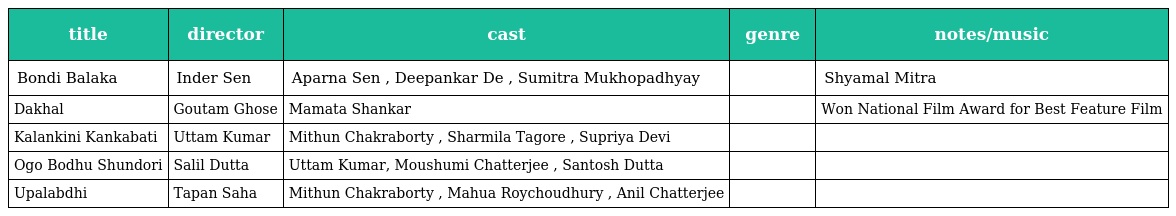
| title | director | cast | genre | notes/music |
 | --- | --- | --- | --- | --- |
 | Bondi Balaka | Inder Sen | Aparna Sen , Deepankar De , Sumitra Mukhopadhyay |  | Shyamal Mitra |
 | Dakhal | Goutam Ghose | Mamata Shankar |  | Won National Film Award for Best Feature Film |
 | Kalankini Kankabati | Uttam Kumar | Mithun Chakraborty , Sharmila Tagore , Supriya Devi |  |  |
 | Ogo Bodhu Shundori | Salil Dutta | Uttam Kumar, Moushumi Chatterjee , Santosh Dutta |  |  |
 | Upalabdhi | Tapan Saha | Mithun Chakraborty , Mahua Roychoudhury , Anil Chatterjee |  |  |